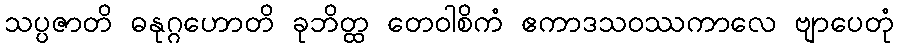
သပ္ပဇာတိ ဓနုဂ္ဂဟောတိ ခုဘိတ္ထ တေဝါစိကံ ဧကာဒသဝဿကာလေ ဗျာပေတုံ